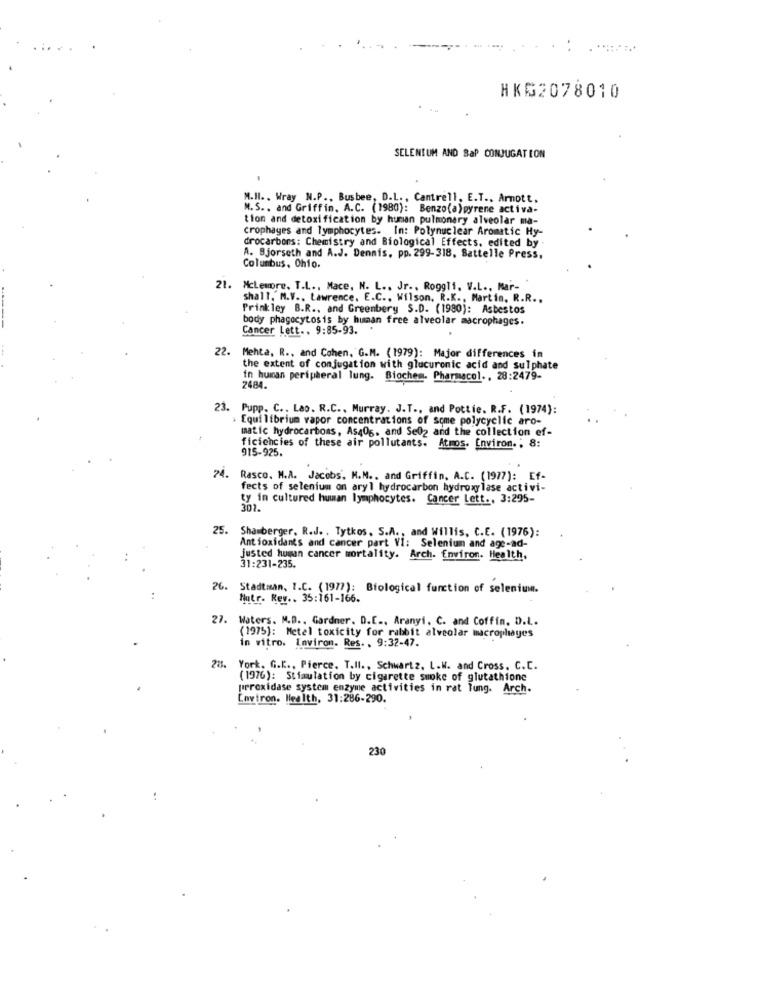
HKG2078010
SELENIUM AND SaP CONJUGATION
M.H. , Wray N.P ., Busbee, D.L ., Cantrell, E.T ., Arnott,
M.S .. and Griffin, A.C. (1980): Benzo(a)pyrene activa-
tion and detoxification by human pulmonary alveolar ma-
crophayes and lymphocytes. In: Polynuclear Aromatic Hy-
drocarbons: Chemistry and Biological Effects, edited by
A. Bjorseth and A.J. Dennis, pp. 299-318, Battelle Press,
Columbus, Ohio.
21. Mclemore, T.L ., Mace, N. L ., Jr ., Rogg11. V.L ., Mar-
shall, M.V .. Lawrence. E.C ., Wilson. R.K ., Martin, R.R ..
Prinkley B.R ., and Greenbery S.D. (1980): Asbestos
body phagocytosis by human free alveolar macrophages.
Cancer Lett .. 9:85-93.
22.
Mehta, R ., and Cohen, G.M. (1979): Major differences in
the extent of conjugation with glucuronic acid and sulphate
in human peripheral lung. Biochem. Pharmacol ., 28:2479-
2484.
23. Pupp. C ., Lao. R.C ., Murray. J.T ., and Pottie. R.F. (1974):
> Equilibrium vapor concentrations of some polycyclic aro-
matic hydrocarbons, As40g, and Se02 and the collection ef-
915-925.
ficiencies of these air pollutants. Atmos. Environ ., 8:
24.
Rasco. M.A. Jacobs, M.M ., and Griffin, A.C. (1977): Ef-
fects of selenium on aryl hydrocarbon hydroxylase activi-
ty in cultured human lymphocytes. Cancer Lett ., 3:295-
301.
25.
Shamberger, R.J. . Tytkos, S.A ., and Willis, C.E. (1976):
Antioxidants and cancer part VI: Selenium and age-ad-
justed human cancer mortality. Arch. Environ. Health.
31:231-235.
26. Stadtman, 1.C. (1977): Biological function of selenium.
Hutr. Rev .. 35:161-166.
. Waters. M.D ., Gardner. D.E ., Aranyi. C. and Coffin. D.L.
(1975): Metel toxicity for rabbit alveolar macrophages
in vitro. Inviron. Res ., 9:32-47.
York. G.K ., Pierce. T.II ., Schwartz, L.W. and Cross. C.C.
(1976): Stimulation by cigarette suoke of glutathione
peroxidase system enzyme activities in rat lung. Arch.
Environ. Health, 31:286-290.
230